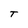
Character: t